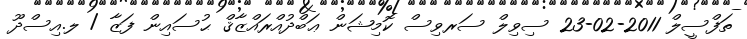
ތަފްސީލް 2011-02-23 ސިވިލް ސަރވިސް ކޮމިޝަން ޢަބްދުއްރައްޒާޤް ޙުސައިން ފަޒާ / ލ.އިސްދޫ